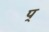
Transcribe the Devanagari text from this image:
प्‌